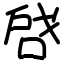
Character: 啔